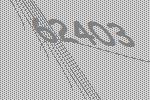
62403